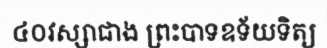
៤០វស្សាជាង ព្រះបាទឧទ័យទិត្យ